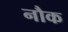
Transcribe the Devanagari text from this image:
नौक